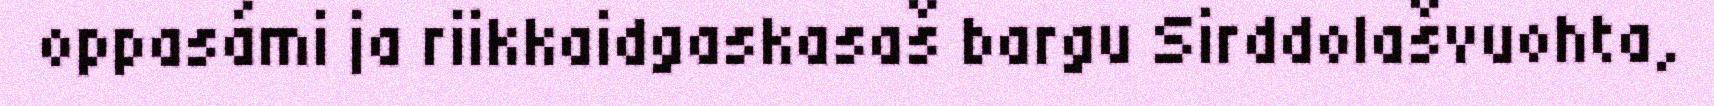
oppasámi ja riikkaidgaskasaš bargu Sirddolašvuohta,